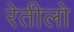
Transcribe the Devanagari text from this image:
रेतीलो